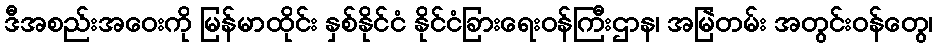
ဒီအစည်းအဝေးကို မြန်မာထိုင်း နှစ်နိုင်ငံ နိုင်ငံခြားရေးဝန်ကြီးဌာန၊ အမြဲတမ်း အတွင်းဝန်တွေ၊